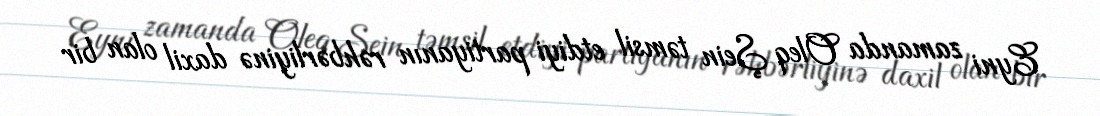
Eyni zamanda Oleq Şein təmsil etdiyi partiyanın rəhbərliyinə daxil olan bir